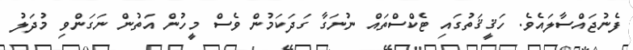
ފެނުޖައްސާލައެވެ. ހަޤީޤަތުގައި ޓެކްސްތައް ނުނަގާ ގަދަކަމުން ވެސް މީހުން އަތުން ނަގަންވި މުދަލު